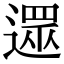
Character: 𨖙